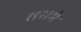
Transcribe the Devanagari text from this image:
१९२३मे